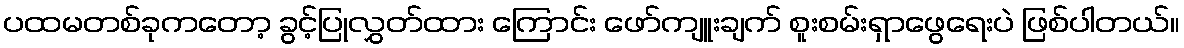
ပထမတစ်ခုကတော့ ခွင့်ပြုလွှတ်ထား ကြောင်း ဖော်ကျူးချက် စူးစမ်းရှာဖွေရေးပဲ ဖြစ်ပါတယ်။